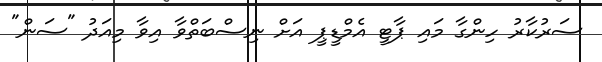
ސަރުކާރު ހިންގާ މައި ޕާޓީ އެމްޑީޕީ އަށް ނިސްބަތްވާ އިވާ މިއަދު "ސަން"